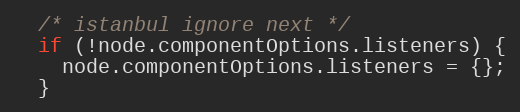
Language: JavaScript
  /* istanbul ignore next */
  if (!node.componentOptions.listeners) {
    node.componentOptions.listeners = {};
  }